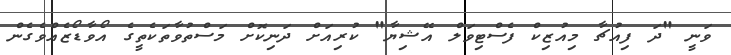
ވަނީ "ދަ ފިއުޗާ މިއުޒިކް ފެސްޓިވަލް އޭޝިޔާ" ކުރިއަށް ދަނިކޮށް މަސްތުވާތަކެތީގެ އޯވާޑޯޒެއްވެގެން